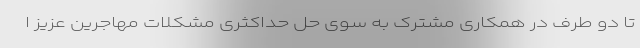
تا دو طرف در همکاری مشترک به سوی حل حداکثری مشکلات مهاجرین عزیز ا